Leaving Certificate Examination, 1908
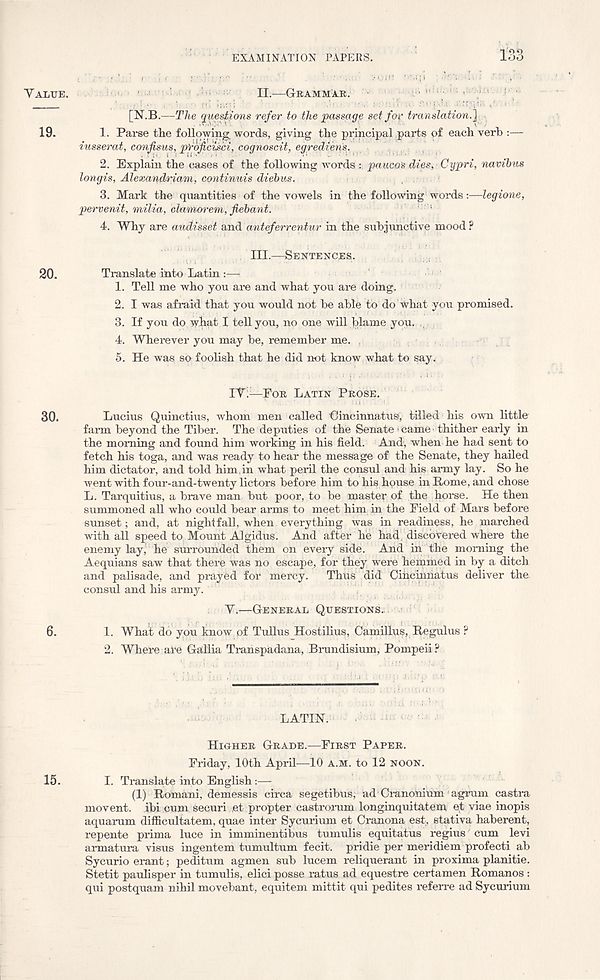
YALTJE.
19.
20.
30.
6.
15.
EXAMINATION PAPERS.
133
II.—GRAMMAR.
[N.B.—The questions refer to the passage set foe translation.] ,
1. Parse the following words, giving the principal parts of each verb :—
iusserat,confisus,prdfi'cisci,cognoscit,egpediens.
;
2. Explain the cases of the following words paucos dies, Cypri, navibns
longis, Alexandriam, continuis diebus.
3. Mark the quantities of the vowels in the following words:—legione,
pervenit, milia, clamorem, jiebant.
I: '"‘
4. Why are audisset and anteferrentur in the subjunctive mood ?
III.—SENTENCES.
Translate into Latin :—
1. Tell me who you are and what you are doing,
2. I was afraid that you would not be able to do what you promised.
3. If you do what I tell you, no one will blame you. ,
4. Wherever you may be, remember me. ,
5. He was so foolish that he did not know what to say.
IT —FOR LATIN PROSE.
Lucius Quinctius, whom men called Gincinnatus, tilled his own little
farm beyond the Tiber. The deputies of the Senate came thither early in
the morning and found him working in his field. And, when he had sent to
fetch his toga, and was ready to hear the message of the Senate, they hailed
him dictator, and told him,in what peril the consul and his army lay. So he
went with four-and-twenty lictors before him to his house in Rome, and chose
L. Tarquitius, a brave man but poor, to be master of the horse. He then
summoned all who could bear arms to meet him in the Field of Mars before
sunset; and, at nightfall, when everything was in readiness, he marched
with all speed to Mount Algidus. And after he had, discovered where the
enemy lay, 1 he surrounded them on every side. And in the morning the
Aequians saw that there was no escape, for they were heinmed in by a ditch
and palisade, and prayed for mercy.
Thus did Oincinnatus deliver the
consul and his army.
V.—GENERAL QUESTIONS.
1. What do you know of Tullus Hostilius, Camillus, Regulus ?
2. Where are Gallia Transpadana, Brundisium, Pompeii ?
LATIN.
HIGHER GRADE.—FIRST PAPER.
Friday, 10th April—10 A.M. to 12 NOON.
I. Translate into English:—
(1) Romani, demessis circa segetibtts, ad Cranonium agrum castra
movent, ibi cum securi et propter castrorum longinquitatem et viae inopis
aquarum difficultatem, quae inter Sycurium et Cranona est, stativa haberent,
repente prima luce in imminentibus tumulis equitatus regius cum levi
armatura visus ingentem tumultum fecit, pridie per meridiem profecti ab
Sycurio erant; peditum agmen sub lucem reliquerant in proxima planitie.
Stetit paulisper in tumulis, elici posse ratus ad equestre certamen Romanos :
qui postquam nihil movebant, equitem mittit qui pedites referre ad Sycurium